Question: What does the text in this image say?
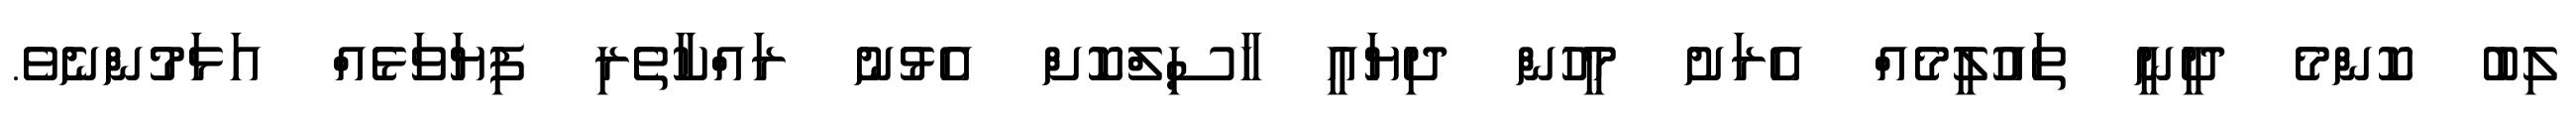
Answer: ލިބު ކޮންމެ ދީނީ ތައުލީމެއް އެރަށު މީހުން ދިޔައީ ހާސިލްކޮށް އެޅުނު ރައްކާތެރި ފިޔަވަޅެއް އަޅަމުންނެވެ.